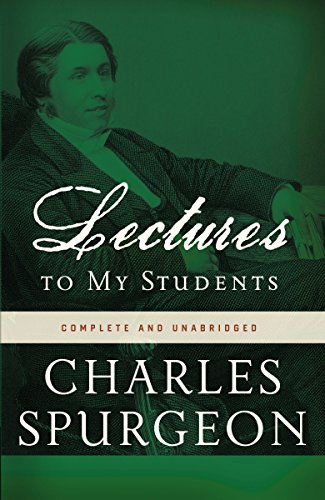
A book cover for Lectures to My Students; Charles H. Spurgeon; Christian Books & Bibles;